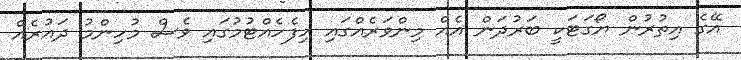
އޭގެ އިތުރުން ޔޯގަޓަކީ ބަރުދަން އެއް މިންވަރެއްގައި ހިފެހެއްޓުމުގައި ވެސް މުހިންމު ދައުރެއް